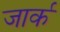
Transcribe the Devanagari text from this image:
जार्क